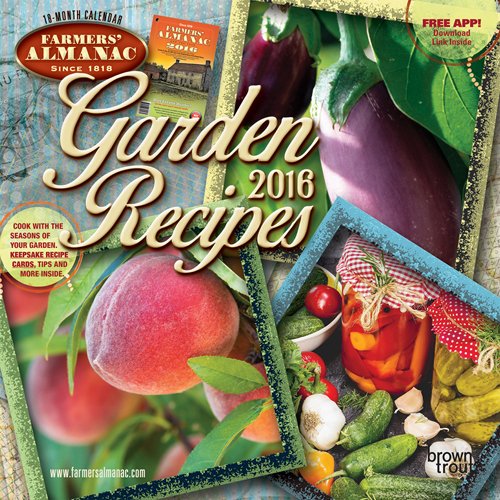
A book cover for Farmers' Almanac Garden Recipes 2016 Mini 7x7; Browntrout Publishers; Calendars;